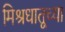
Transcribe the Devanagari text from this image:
मिश्रधातूच्या